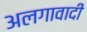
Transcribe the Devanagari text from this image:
अलगावादी